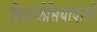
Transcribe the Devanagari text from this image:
डिसप्लेसियादांतों